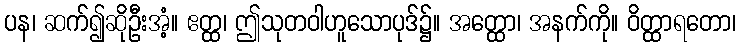
ပန၊ ဆက်၍ဆိုဦးအံ့။ ဧတ္ထ၊ ဤသုတဝါဟူသောပုဒ်၌။ အတ္ထော၊ အနက်ကို။ ဝိတ္ထာရတော၊